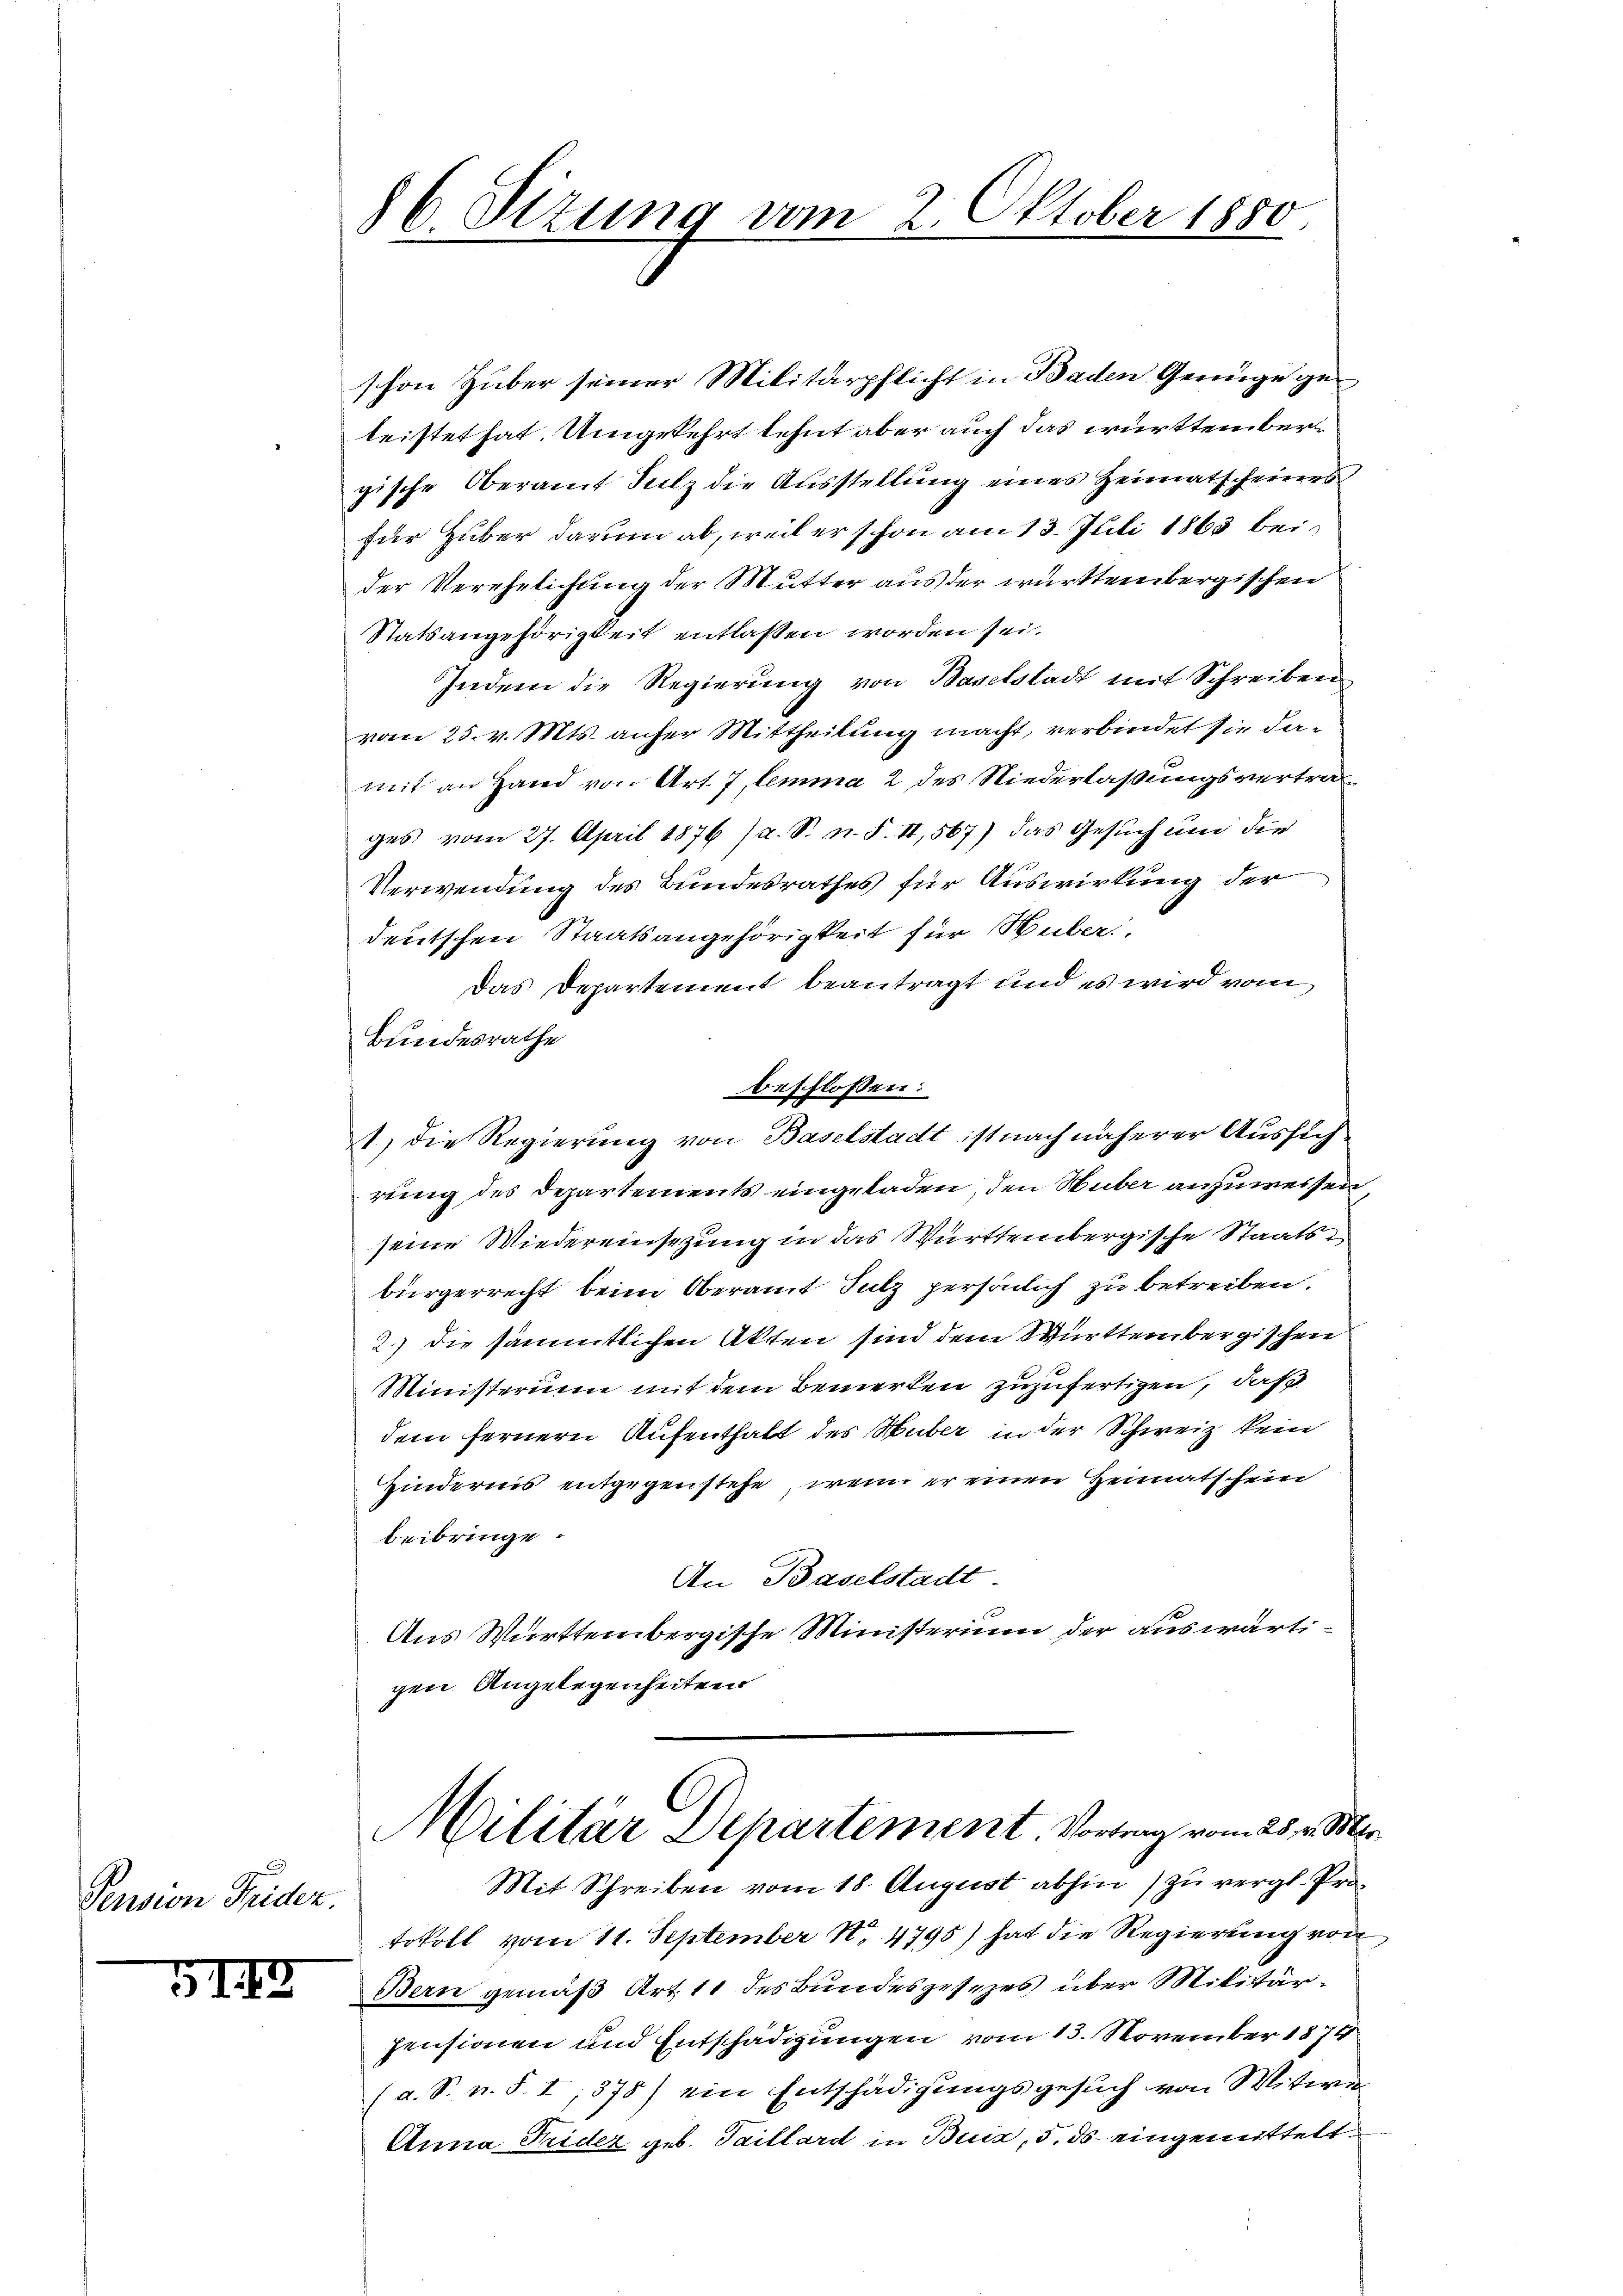
Pension Frider

VII

86. Stzung vom 2. Oktober 1880.

schon Huber seiner Militärpflicht in Baden Geringe geleistet hat. Umgekehrt lehnt aber auch das württember
gische Oberamt Sulz die Ausstellung eines Heimatscheines
fder Huber darum ab, weil er schon am 13. Juli 1863 beider Verehelichung der Mutter aus der württembergischen
Statsangehörigkeit entlassen worden sei.
Indem die Regierung von Baselstadt mit Schreiben
vom 25. v. Mts. anher Mittheilung macht, verbindet sie damit an Hand von Art. 7, lemma 2 des Niederlaßungsvertrag
ges vom 27. April 1876 (a. S. n. F. II, 567) das Gesuch und die
Verwendung des Bundesrathes für Auswirkung der
deutschen Staatsangehörigkeit für Huber.
Das Departement beantragt und es wird vom
Bundesrathe
beschlossen:
1) die Regierung von Baselstadt ist nach näherer Aussichrung des Departements eingeladen, den Huber anzuweisen
seine Wiedereinsezung in das Württembergische Staatsbürgerrecht beim Oberamt Sulz persönlich zu betreiben.
2.) die sämmtlichen Akten sind dem Württembergischen
Ministerium mit dem Bemerken zuzufertigen, daß
dem fernern Aufenthalt des Huber in der Schweiz kein
Hindernis entgegenstehe, wenn er einen Heimatschein
beibringe.
An Baselstadt-
Aus Württembergische Ministerium der auswärtigen Angelegenheiten
A
Militär Separtement. Vortrag vom 25. v. Mts.
Mit Schreiben vom 18. August abhin) zu vergl. Protokoll vom 11. September 187. 4795) hat die Regierung von
Bern gemäß Art. 11 des Bundesgesezes über Militärpensionen und Entschädigungen vom 13. November 1874
(a. S. v. S. I, 878) ein Entschädigungsgesuch von Witwe
Anna Tridez geb. Taillard in Buix, 5. ds. eingemittelt.